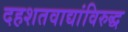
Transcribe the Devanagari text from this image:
दहशतवाद्यांविरुद्ध